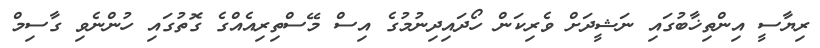
ރިޔާސީ އިންތިޚާބުގައި ނަޝީދަށް ވެރިކަން ހޯދައިދިނުމުގެ އިސް މޭސްތިރިއެއްގެ ގޮތުގައި ހުންނެވި ގާސިމް